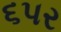
૬પર